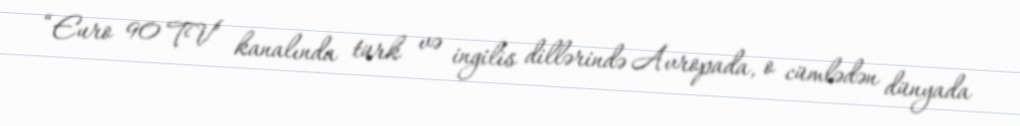
“Euro 90 TV” kanalında türk və ingilis dillərində Avropada, o cümlədən dünyada